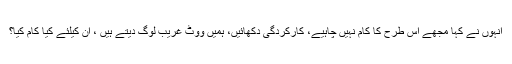
انہوں نے کہا مجھے اس طرح کا کام نہیں چاہیے، کارکردگی دکھائیں، ہمیں ووٹ غریب لوگ دیتے ہیں ، ان کیلئے کیا کام کیا؟